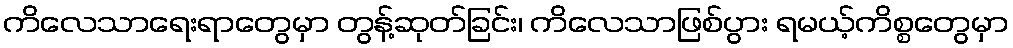
ကိလေသာရေးရာတွေမှာ တွန့်ဆုတ်ခြင်း၊ ကိလေသာဖြစ်ပွား ရမယ့်ကိစ္စတွေမှာ